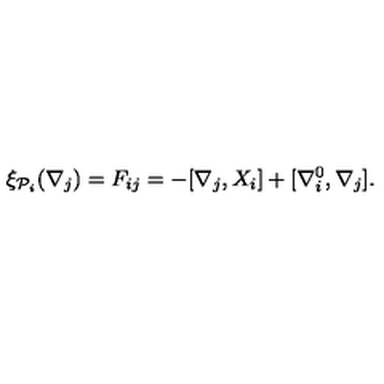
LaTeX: \xi _ { { \cal P } _ { i } } ( \nabla _ { j } ) = F _ { i j } = - [ \nabla _ { j } , X _ { i } ] + [ \nabla _ { i } ^ { 0 } , \nabla _ { j } ] .